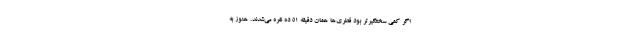
اگر کمی سختگیرتر بود قطری‌ها همان دقیقه 51 ده نفره می‌شدند. هنوز به